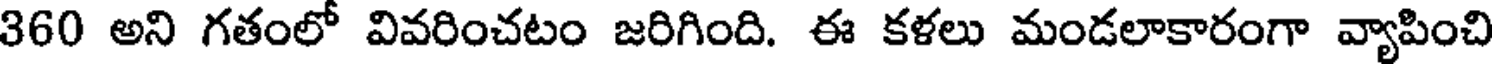
360 అని గతంలో వివరించటం జరిగింది. ఈ కళలు మండలాకారంగా వ్యాపించి